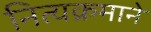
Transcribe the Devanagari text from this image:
नित्यक्रमाने